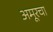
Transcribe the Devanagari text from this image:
अमूरचा